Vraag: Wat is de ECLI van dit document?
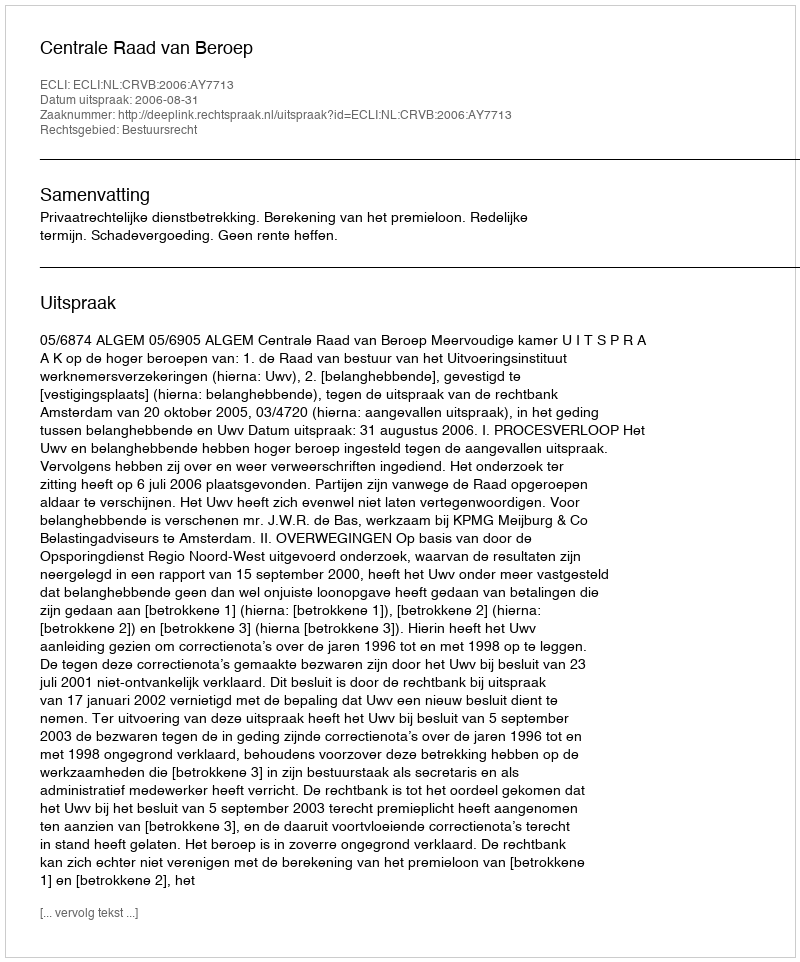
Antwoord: ECLI:NL:CRVB:2006:AY7713